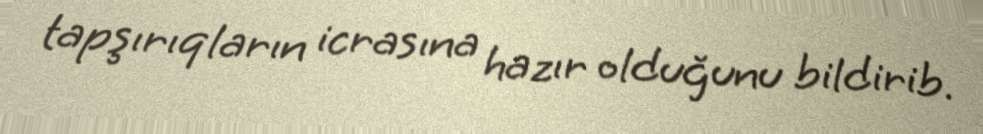
tapşırıqların icrasına hazır olduğunu bildirib.